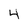
Character: 4